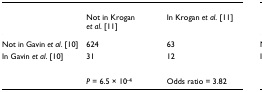
<table><thead><tr><td></td><td><b>Not in Krogan <i>et al</i>. [11]</b></td><td><b>In Krogan <i>et al</i>. [11]</b></td></tr></thead><tbody><tr><td>Not in Gavin <i>et al</i>. [10]</td><td>624</td><td>63</td></tr><tr><td>In Gavin <i>et al</i>. [10]</td><td>31</td><td>12</td></tr><tr><td></td><td><i>P </i>= 6.5 × 10<sup>-4</sup></td><td>Odds ratio = 3.82</td></tr></tbody></table>